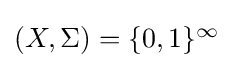
\textstyle (X,\Sigma )=\{0,1\}^{\infty }